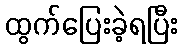
ထွက်ပြေးခဲ့ရပြီး